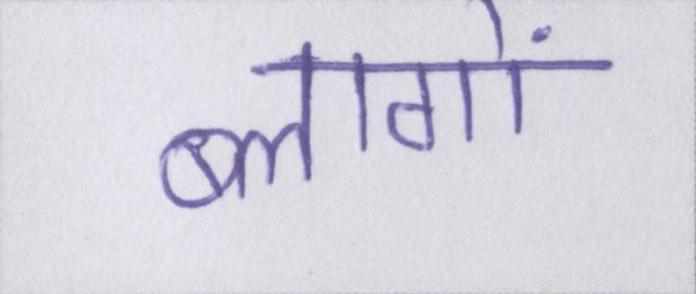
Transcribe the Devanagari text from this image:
ब्लागों